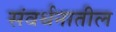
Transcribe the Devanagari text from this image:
संवर्धनातील